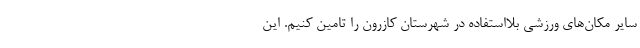
سایر مکان‌های ورزشی بلااستفاده در شهرستان کازرون را تامین کنیم. این